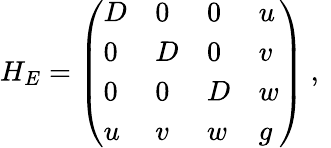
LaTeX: H_{E}=\left(\begin{array}{llll}{D}&{0}&{0}&{u}\\ {0}&{D}&{0}&{v}\\ {0}&{0}&{D}&{w}\\ {u}&{v}&{w}&{g}\end{array}\right)\mathrm{~,~}